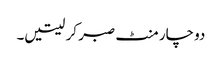
دو چار منٹ صبر کر لیتیں۔